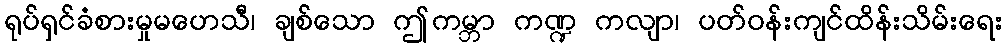
ရုပ်ရှင်ခံစားမှုမဟေသီ၊ ချစ်သော ဤကမ္ဘာ ကဏ္ဍ ကလျာ၊ ပတ်ဝန်းကျင်ထိန်းသိမ်းရေး